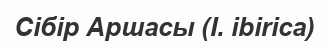
Сібір Аршасы (І. іbіrіca)